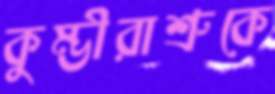
কুম্ভীরাশ্রুকে